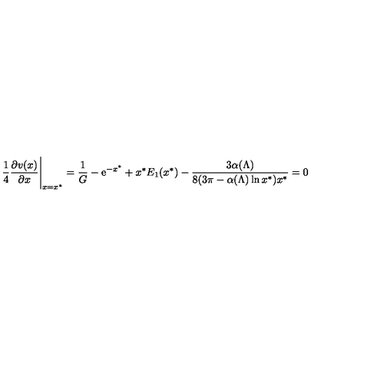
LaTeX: { \frac { 1 } { 4 } } { \frac { \partial v ( x ) } { \partial x } } \Bigg \vert _ { x = x ^ { * } } = { \frac { 1 } { G } } - { \mathrm { e } } ^ { - x ^ { * } } + x ^ { * } E _ { 1 } ( x ^ { * } ) - { \frac { 3 \alpha ( \Lambda ) } { 8 ( 3 \pi - \alpha ( \Lambda ) \ln x ^ { * } ) x ^ { * } } } = 0